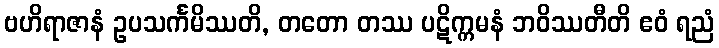
ဗဟိရာဇာနံ ဥပသင်္ကမိဿတိ, တတော တဿ ပဋိက္ကမနံ ဘဝိဿတီတိ ဧဝံ ရညံ